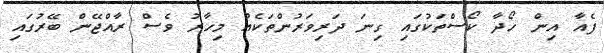
ފެއާ އިން ހޯދާ ކޯސްތަކުގައި ގިނަ ދަރިވަރުންތަކެއް މިހާރު ވެސް ރާއްޖޭން ބޭރުގައި